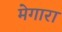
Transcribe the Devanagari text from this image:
मेगारा